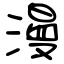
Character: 漫